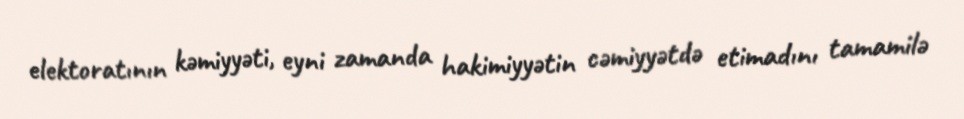
elektoratının kəmiyyəti, eyni zamanda hakimiyyətin cəmiyyətdə etimadını tamamilə